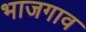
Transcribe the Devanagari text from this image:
भाजगाव